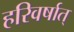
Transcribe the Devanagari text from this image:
हरिवर्षात्